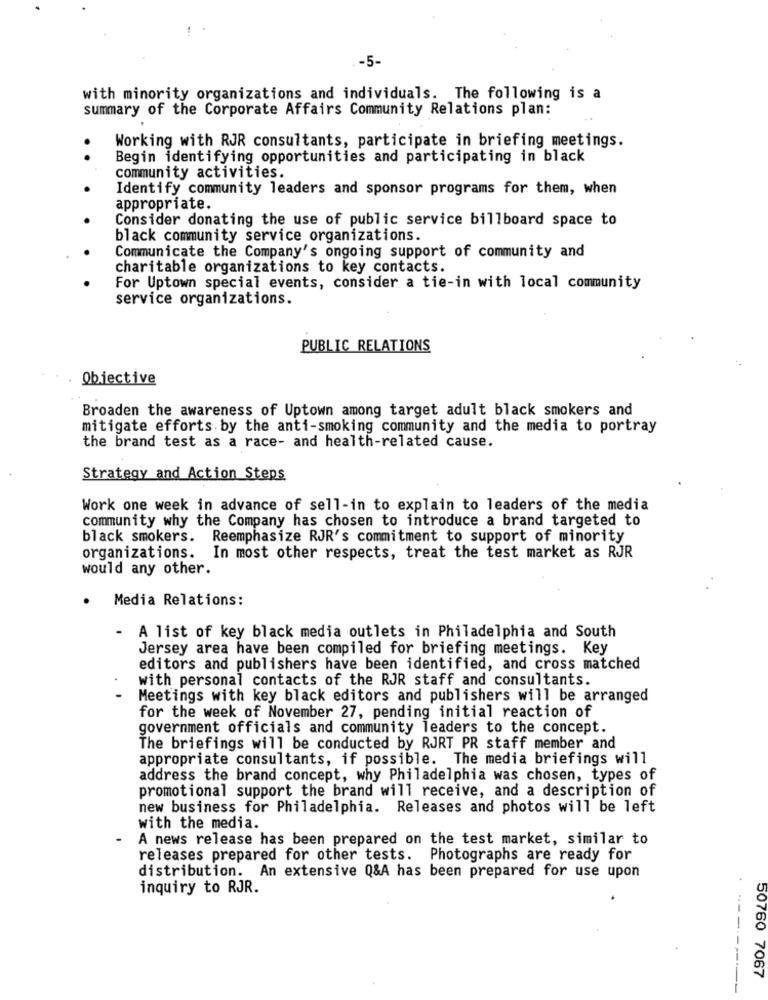
-5-
with minority organizations and individuals. The following is a
summary of the Corporate Affairs Community Relations plan:
Working with RJR consultants, participate in briefing meetings.
Begin identifying opportunities and participating in black
community activities.
Identify community leaders and sponsor programs for them, when
appropriate.
Consider donating the use of public service billboard space to
black community service organizations.
Communicate the Company's ongoing support of community and
charitable organizations to key contacts.
For Uptown special events, consider a tie-in with local community
service organizations.
PUBLIC RELATIONS
Objective
Broaden the awareness of Uptown among target adult black smokers and
mitigate efforts by the anti-smoking community and the media to portray
the brand test as a race- and health-related cause.
Strategy and Action Steps
Work one week in advance of sell-in to explain to leaders of the media
community why the Company has chosen to introduce a brand targeted to
black smokers.
Reemphasize RJR's commitment to support of minority
organizations.
In most other respects, treat the test market as RJR
would any other.
.
Media Relations:
-
A list of key black media outlets in Philadelphia and South
Jersey area have been compiled for briefing meetings. Key
editors and publishers have been identified, and cross matched
with personal contacts of the RJR staff and consultants.
Meetings with key black editors and publishers will be arranged
for the week of November 27, pending initial reaction of
government officials and community leaders to the concept.
The briefings will be conducted by RJRT PR staff member and
appropriate consultants, if possible. The media briefings will
address the brand concept, why Philadelphia was chosen, types of
promotional support the brand will receive, and a description of
new business for Philadelphia. Releases and photos will be left
with the media.
A news release has been prepared on the test market, similar to
releases prepared for other tests. Photographs are ready for
distribution. An extensive Q&A has been prepared for use upon
inquiry to RJR.
---
50760 7067